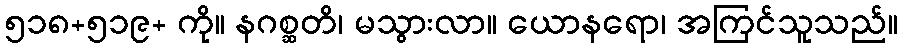
၅၁၈+၅၁၉+ ကို။ နဂစ္ဆတိ၊ မသွားလာ။ ယောနရော၊ အကြင်သူသည်။